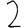
Digit: 2